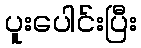
ပူးပေါင်းပြီး